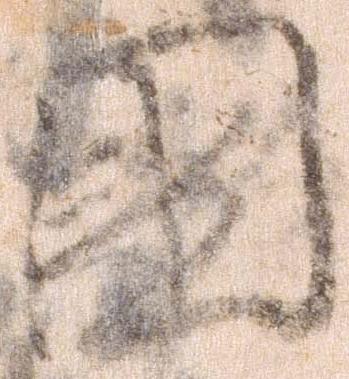
国